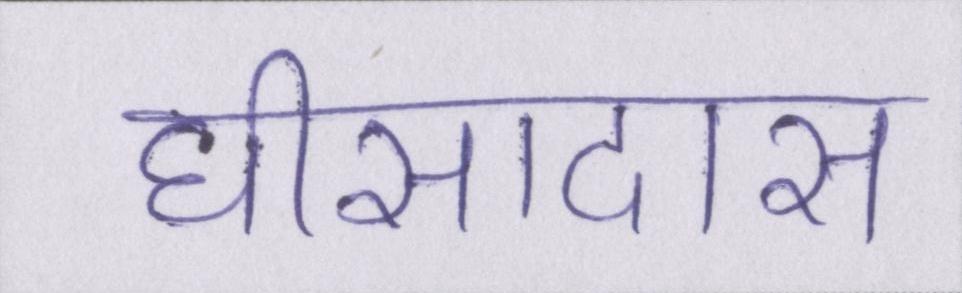
घीसादास